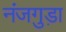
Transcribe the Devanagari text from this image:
नंजगुड़ा